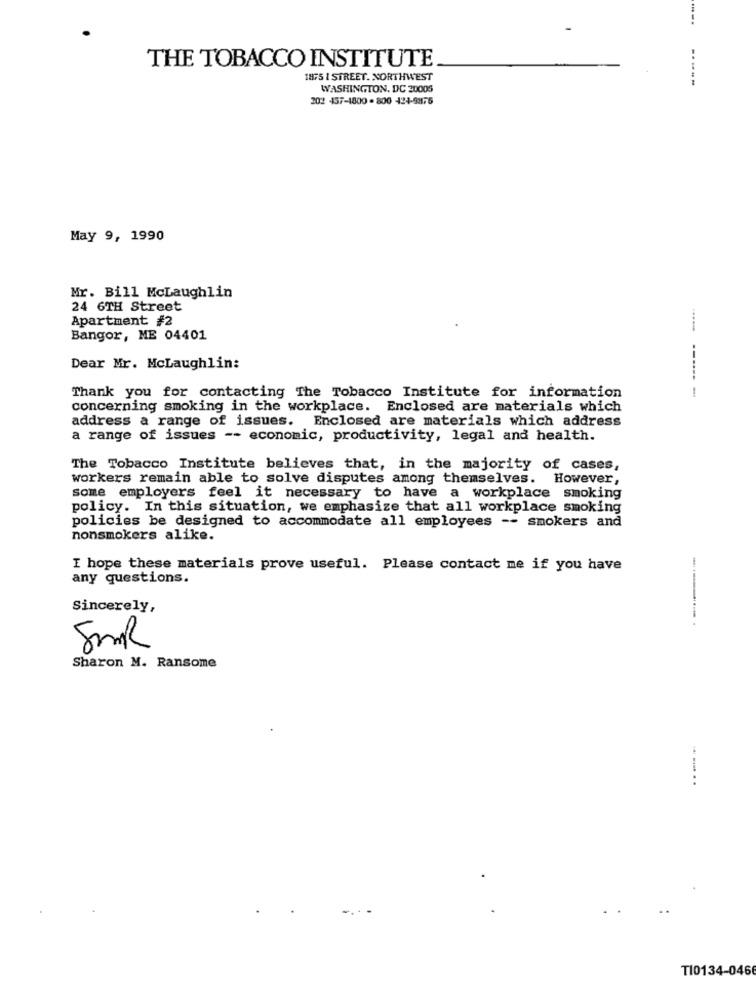
THE TOBACCO INSTITUTE
1875 1 STREET. NORTHWEST
-----
WASHINGTON, DC 20005
202 457-1800 - 800 124-9875
May 9, 1990
Mr. Bill McLaughlin
24 6TH Street
Apartment #2
Bangor, ME 04401
......
Dear Mr. McLaughlin:
Thank you for contacting The Tobacco Institute for information
------ -
concerning smoking in the workplace. Enclosed are materials which
address a range of issues. Enclosed are materials which address
a range of issues -- economic, productivity, legal and health.
The Tobacco Institute believes that, in the majority of cases,
workers remain able to solve disputes among themselves. However,
some employers feel it necessary to have a workplace smoking
policy. In this situation, we emphasize that all workplace smoking
policies be designed to accommodate all employees -- smokers and
nonsmokers alike.
I hope these materials prove useful. Please contact me if you have
any questions.
Sincerely,
.............. .
SmR
Sharon M. Ransome
--. . .
TI0134-046